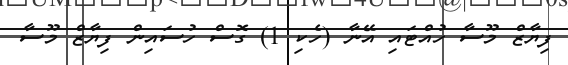
ފިޔާޒް މޫސާ ހުއްޓައި އޭނާ (ހެކި 1) ގޮސް ހުސައިން ފިޔާޒް މޫސާ